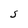
Character: S